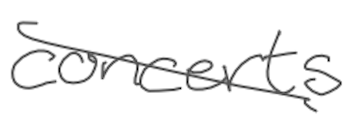
Text: concerts
Cross-out: diagonal
Writing tool: digital_gray